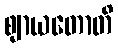
ဈာယတောတိ